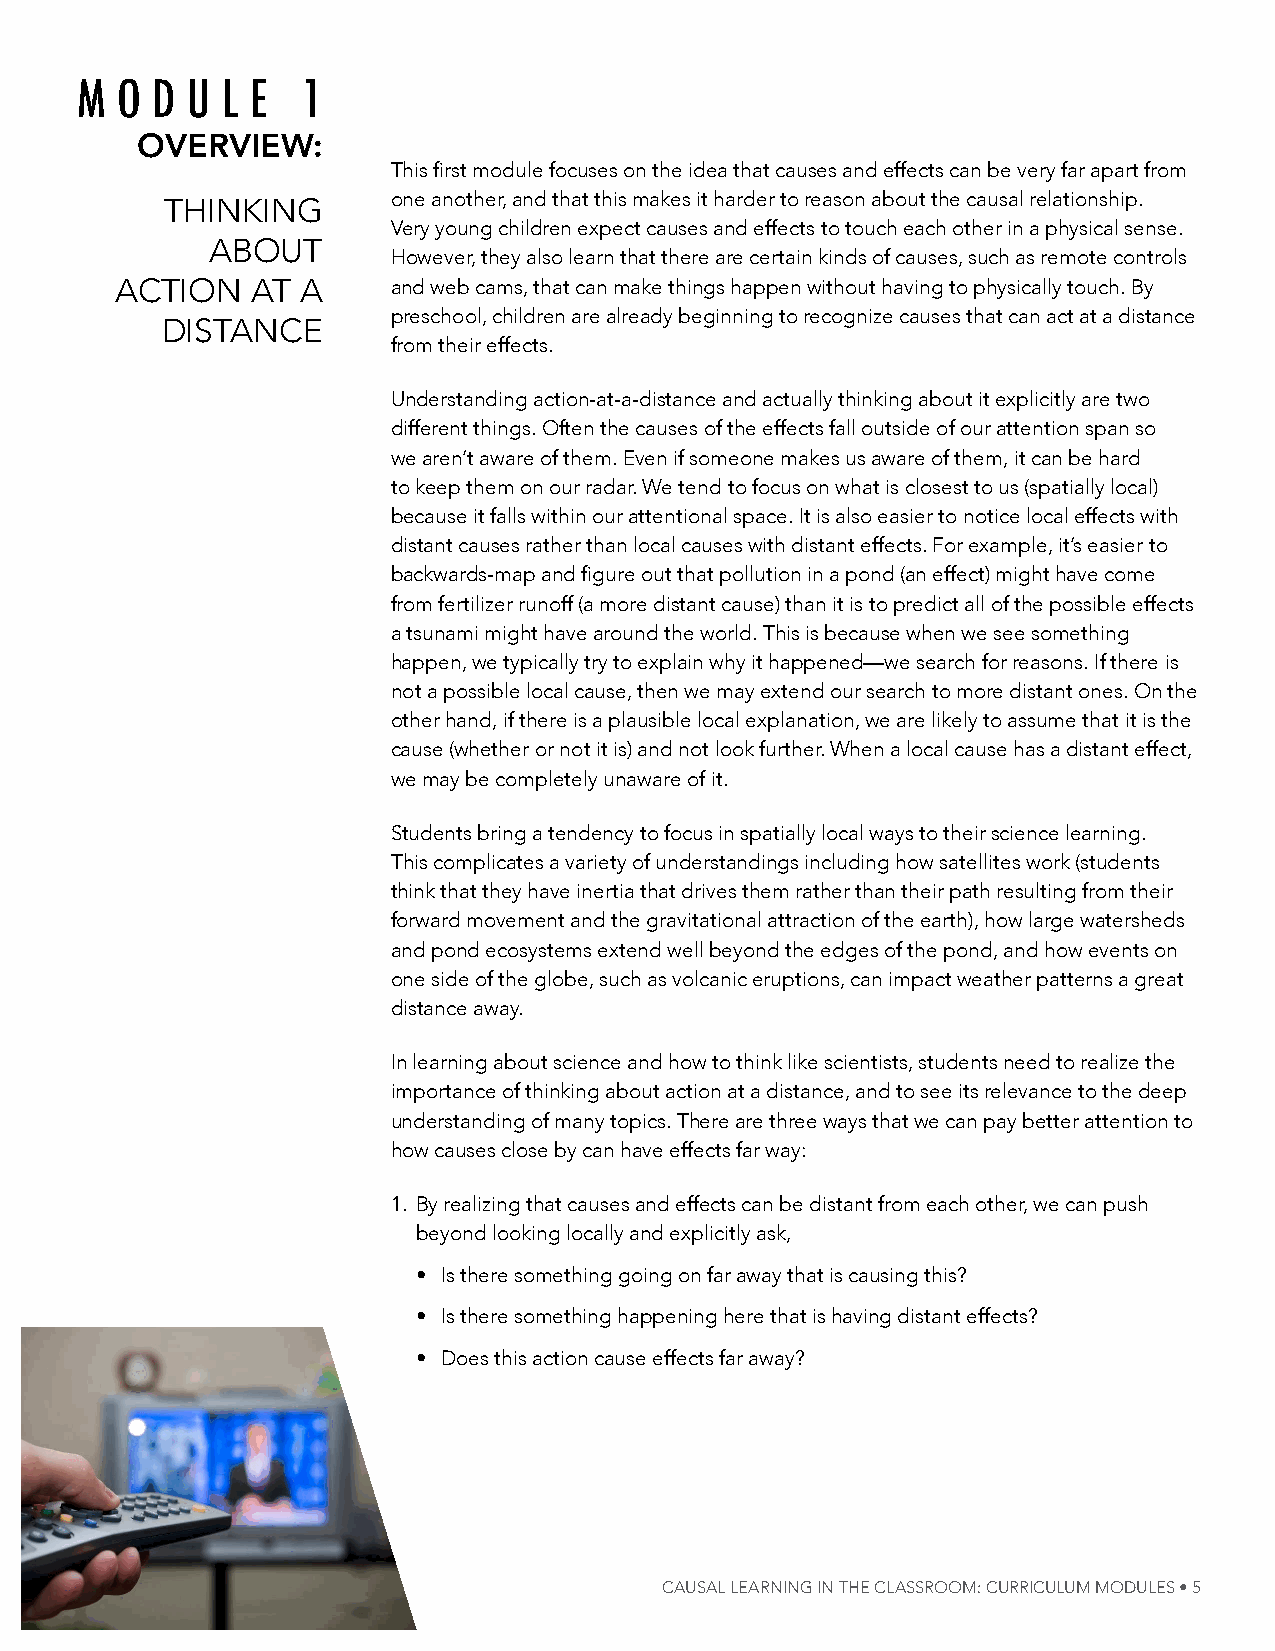
m  o d u  l e 1
 Overview:
 This first module focuses on the idea that causes and effects can be very far apart from
 thinKing       one another, and that this makes it harder to reason about the causal relationship.
 very young children expect causes and effects to touch each other in a physical sense.
 aBout
 however, they also learn that there are certain kinds of causes, such as remote controls
 aCtion   at a     and web cams, that can make things happen without having to physically touch. By
 preschool, children are already beginning to recognize causes that can act at a distance
 DistanCe
 from their effects.
 understanding action-at-a-distance and actually thinking about it explicitly are two
 different things. often the causes of the effects fall outside of our attention span so
 we aren’t aware of them. even if someone makes us aware of them, it can be hard
 to keep them on our radar. We tend to focus on what is closest to us (spatially local)
 because it falls within our attentional space. it is also easier to notice local effects with
 distant causes rather than local causes with distant effects. For example, it’s easier to
 backwards-map and figure out that pollution in a pond (an effect) might have come
 from fertilizer runoff (a more distant cause) than it is to predict all of the possible effects
 a tsunami might have around the world. this is because when we see something
 happen, we typically try to explain why it happened—we search for reasons. if there is
 not a possible local cause, then we may extend our search to more distant ones. on the
 other hand, if there is a plausible local explanation, we are likely to assume that it is the
 cause (whether or not it is) and not look further. When a local cause has a distant effect,
 we may be completely unaware of it.
 students bring a tendency to focus in spatially local ways to their science learning.
 this complicates a variety of understandings including how satellites work (students
 think that they have inertia that drives them rather than their path resulting from their
 forward movement and the gravitational attraction of the earth), how large watersheds
 and pond ecosystems extend well beyond the edges of the pond, and how events on
 one side of the globe, such as volcanic eruptions, can impact weather patterns a great
 distance away.
 in learning about science and how to think like scientists, students need to realize the
 importance of thinking about action at a distance, and to see its relevance to the deep
 understanding of many topics. there are three ways that we can pay better attention to
 how causes close by can have effects far way:
 1. By realizing that causes and effects can be distant from each other, we can push
 beyond looking locally and explicitly ask,
 • is there something going on far away that is causing this?
 • is there something happening here that is having distant effects?
 • Does this action cause effects far away?
 Causal learNiNg iN The Classroom: CurriCulum modules • 5